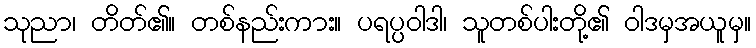
သုညာ၊ တိတ်၏။ တစ်နည်းကား။ ပရပ္ပဝါဒါ၊ သူတစ်ပါးတို့၏ ဝါဒမှအယူမှ။